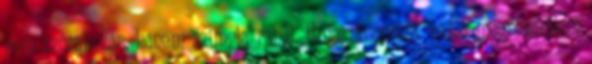
nem szórakozás, hanem szimpla randi. Hmm. koporsót vajon megrendeljem